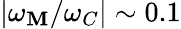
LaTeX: |\omega_{\mathbf{M}}/\omega_{C}|\sim0.1